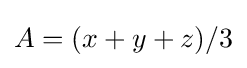
A=(x+y+z)/3